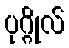
ပုဂ္ဂိုလ်